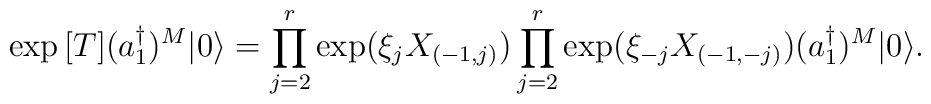
\exp{[T]}(a_1^\dagger)^M|0\rangle=    \prod_{j=2}^r\exp(\xi_jX_{(-1,j)})    \prod_{j=2}^r\exp(\xi_{-j}X_{(-1,-j)})(a_1^\dagger)^M|0\rangle.